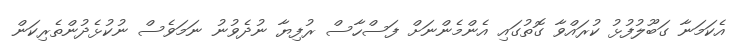
އެކަމަނާ ގަބޫލުފުޅު ކުރައްވާ ގޮތުގައި އެންމެންނަށް ފަސްހާސް ރުފިޔާ ނުދެވުނު ނަމަވެސް ނުކުޅެދުންތެރިކަން